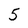
Character: 5